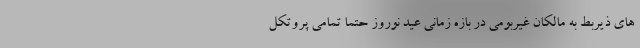
های ذیربط به مالکان غیربومی در بازه زمانی عید نوروز حتما تمامی پروتکل